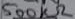
Text: 500kΩ